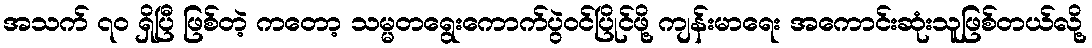
အသက် ၇၀ ရှိပြီ ဖြစ်တဲ့ ကတော့ သမ္မတရွေးကောက်ပွဲဝင်ပြိုင်ဖို့ ကျန်းမာရေး အကောင်းဆုံးသူဖြစ်တယ်လို့